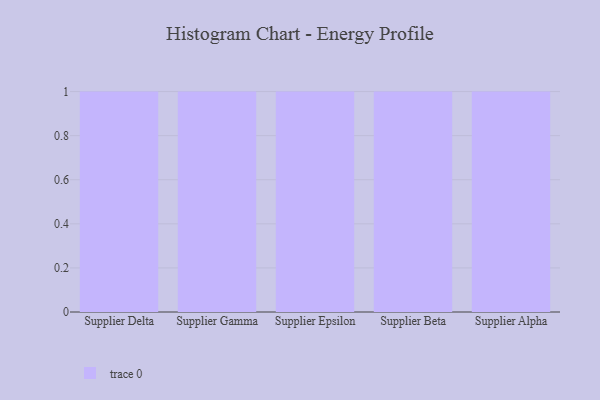
{"axis": {"x": "Supplier", "y": "Active Users"}, "legend": [""], "data": [{"x": "Supplier Delta", "y": 23, "type": ""}, {"x": "Supplier Gamma", "y": 96, "type": ""}, {"x": "Supplier Epsilon", "y": 20, "type": ""}, {"x": "Supplier Beta", "y": 27, "type": ""}, {"x": "Supplier Alpha", "y": 63, "type": ""}]}